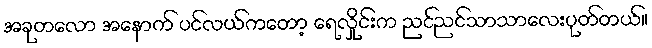
အခုတလော အနောက် ပင်လယ်ကတော့ ရေလှိုင်းက ညင်ညင်သာသာလေးပုတ်တယ်။